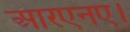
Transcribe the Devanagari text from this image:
आरएनए।